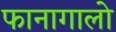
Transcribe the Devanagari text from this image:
फानागालो